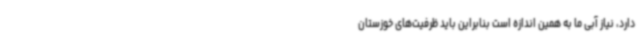
دارد، نیاز آبی ما به همین اندازه است بنابراین باید ظرفیت‌های خوزستان